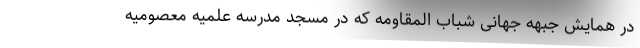
در همایش جبهه جهانی شباب المقاومه که در مسجد مدرسه علمیه معصومیه